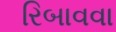
રિબાવવા